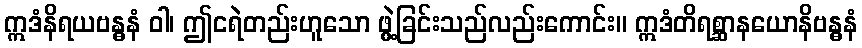
ဣဒံနိရယဗန္ဓနံ ဝါ၊ ဤငရဲတည်းဟူသော ဖွဲ့ခြင်းသည်လည်းကောင်း။ ဣဒံတိရစ္ဆာနယောနိဗန္ဓနံ